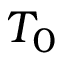
T _ { 0 }